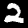
Label: 2